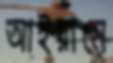
আইয়ামে